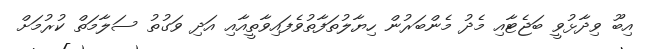
އިބޫ ވިދާޅުވީ ބަޖެޓާއި މެދު މެންބަރުން ހިޔާލުތަފާތުވެފައިވާތީއާއި އަދި ވަގުތު ސަލާމަތް ކުރުމަށް